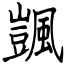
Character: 颽